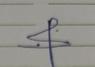
Signature authenticity: forged